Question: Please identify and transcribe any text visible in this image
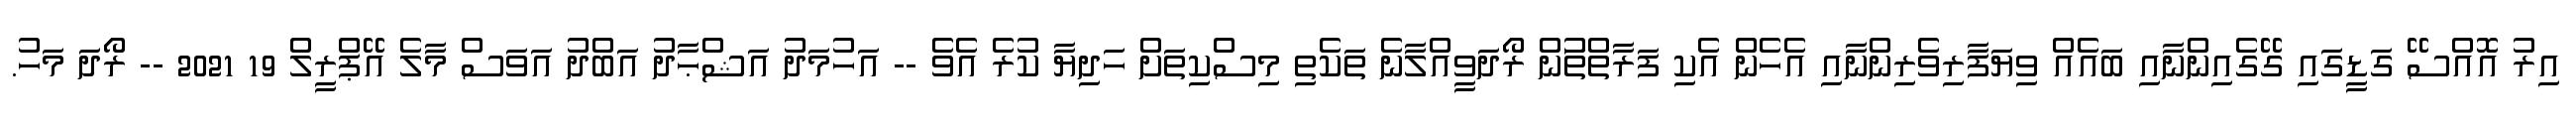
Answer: އިރު އޮއްސޭ ގަޑީގައި ގޭގެއިންނާއި ބައެއް ވިޔަފާރިވެރިންނާއި އެހެން އެކި ފަރާތްތަުން ރޯދަވީއްލާނެ ތަކެތި މިސްކިތަށް ހަދިޔާ ކުރެ އެވެ -- އަހުމަދު އަޝްޙާދު އަބްދު އަވަސް މާލެ އޭޕްރީލް 19 2021 -- ރޯދަ މަހު.